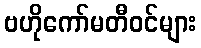
ဗဟိုကော်မတီဝင်များ